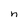
Character: n